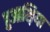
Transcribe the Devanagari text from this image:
हुआश़िया